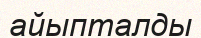
айыпталды